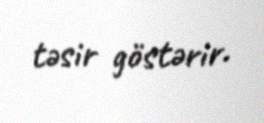
təsir göstərir.